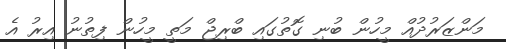
މަންޒަރުދުއް މީހުން ބުނި ގޮތުގައި ބްރިޖް މަތީ މީހުން ފިތުނު އިރު އެ